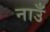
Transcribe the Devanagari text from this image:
नाउँ